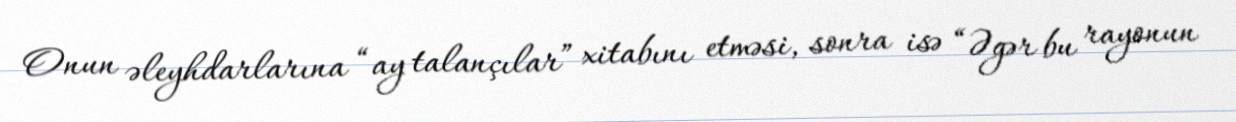
Onun əleyhdarlarına “ay talançılar” xitabını etməsi, sonra isə “Əgər bu rayonun